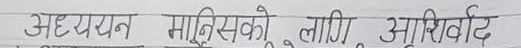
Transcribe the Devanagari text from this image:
अध्ययन मानिसको लागि आशिर्वाद